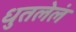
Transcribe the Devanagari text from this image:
धुतलेलं